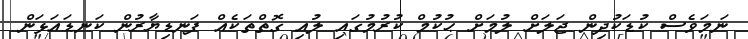
ނަމަވެސް ކުޑަކުދިން ޖަލަށް ލުމަށް ޙުކުމް ކުރުމުގައި ލުއި ގޮތްތަކެއް ފަނޑިޔާރުން ކަނޑައަޅަން